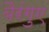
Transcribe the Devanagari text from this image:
बैरंगुए